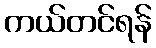
ကယ်တင်ရန်